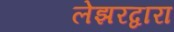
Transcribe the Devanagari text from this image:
लेझरद्वारा